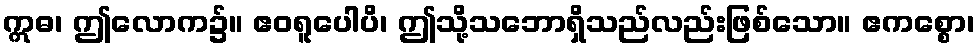
ဣဓ၊ ဤလောက၌။ ဧဝရူပေါပိ၊ ဤသို့သဘောရှိသည်လည်းဖြစ်သော။ ဧကစ္စော၊